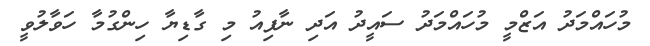
މުހައްމަދު އަޒްމީ މުހައްމަދު ސައީދު އަދި ނާފިއު މި ގާޑިޔާ ހިންގުމާ ހަވާލުވީ